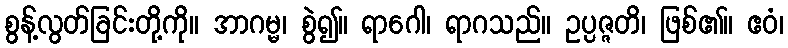
စွန့်လွတ်ခြင်းတို့ကို။ အာဂမ္မ၊ စွဲ၍။ ရာဂေါ၊ ရာဂသည်။ ဥပ္ပဇ္ဇတိ၊ ဖြစ်၏။ ဧဝံ၊